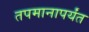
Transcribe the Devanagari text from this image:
तपमानापर्यंत